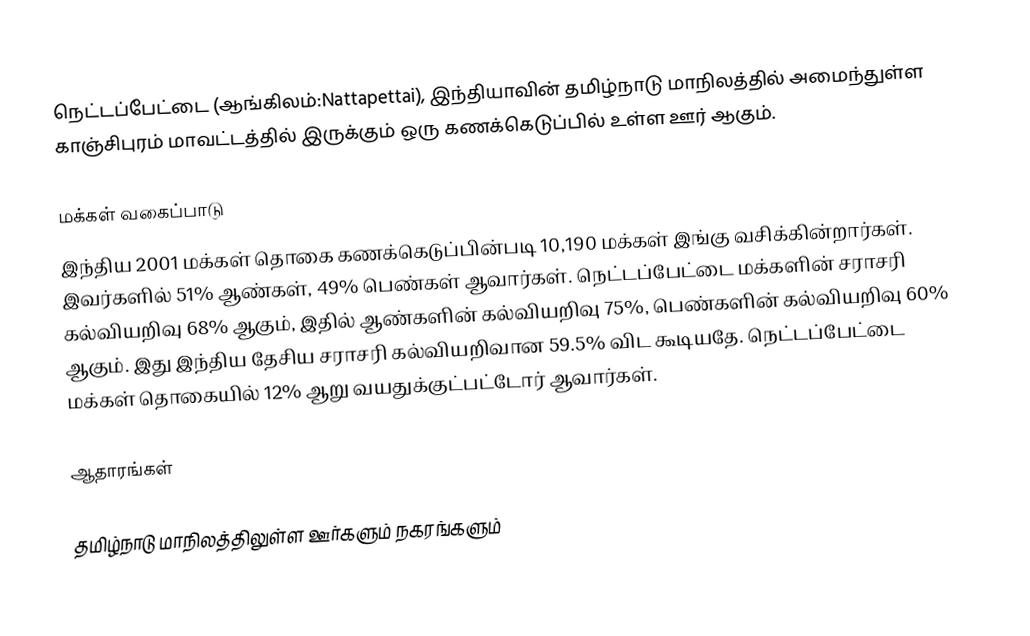
நெட்டப்பேட்டை (ஆங்கிலம்:Nattapettai), இந்தியாவின் தமிழ்நாடு மாநிலத்தில் அமைந்துள்ள காஞ்சிபுரம் மாவட்டத்தில் இருக்கும் ஒரு கணக்கெடுப்பில் உள்ள ஊர்  ஆகும்.

மக்கள் வகைப்பாடு
இந்திய 2001 மக்கள் தொகை கணக்கெடுப்பின்படி 10,190 மக்கள் இங்கு வசிக்கின்றார்கள். இவர்களில் 51% ஆண்கள், 49% பெண்கள் ஆவார்கள். நெட்டப்பேட்டை மக்களின் சராசரி கல்வியறிவு 68% ஆகும்,  இதில் ஆண்களின் கல்வியறிவு 75%,  பெண்களின் கல்வியறிவு 60% ஆகும். இது இந்திய தேசிய சராசரி கல்வியறிவான 59.5% விட கூடியதே. நெட்டப்பேட்டை மக்கள் தொகையில் 12%  ஆறு வயதுக்குட்பட்டோர் ஆவார்கள்.

ஆதாரங்கள்

தமிழ்நாடு மாநிலத்திலுள்ள ஊர்களும் நகரங்களும்